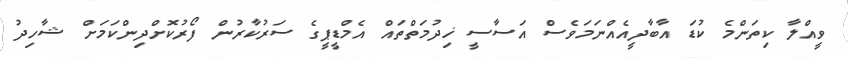
ވީއްލާ ކިތަންމެ ކުޑަ އާބާދީއެއްނަމަވެސް އަސާސީ ޚިދުމަތްތައް އެމްޑީޕީގެ ސަރުކާރުން ފޯރުކޮށްދިންކަމަށް ޝާހިދު